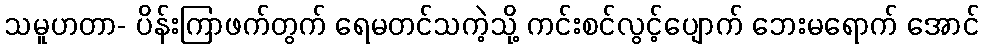
သမူဟတာ- ပိန်းကြာဖက်တွက် ရေမတင်သကဲ့သို့ ကင်းစင်လွင့်ပျောက် ဘေးမရောက် အောင်